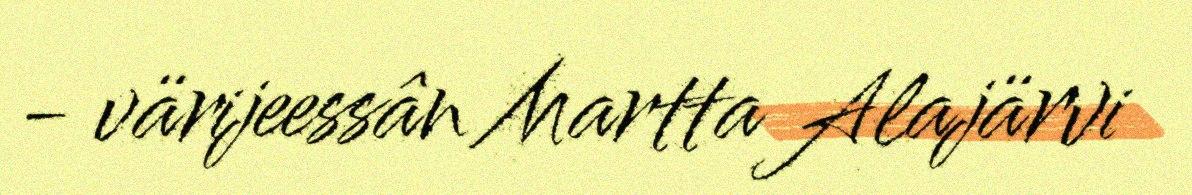
- värijeessân Martta Alajärvi